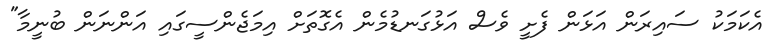
އެކަމަކު ސައިރަން އަޅަން ފެށީ ވެސް އަޅުގަނޑުމެން އެގޮތަށް އިމަޖެންސީގައި އަންނަން ބުނީމާ"